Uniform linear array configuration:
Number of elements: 24
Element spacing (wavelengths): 1
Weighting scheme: cosine
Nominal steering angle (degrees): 15
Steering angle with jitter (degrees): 13.133
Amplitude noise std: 0.05
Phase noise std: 0.05

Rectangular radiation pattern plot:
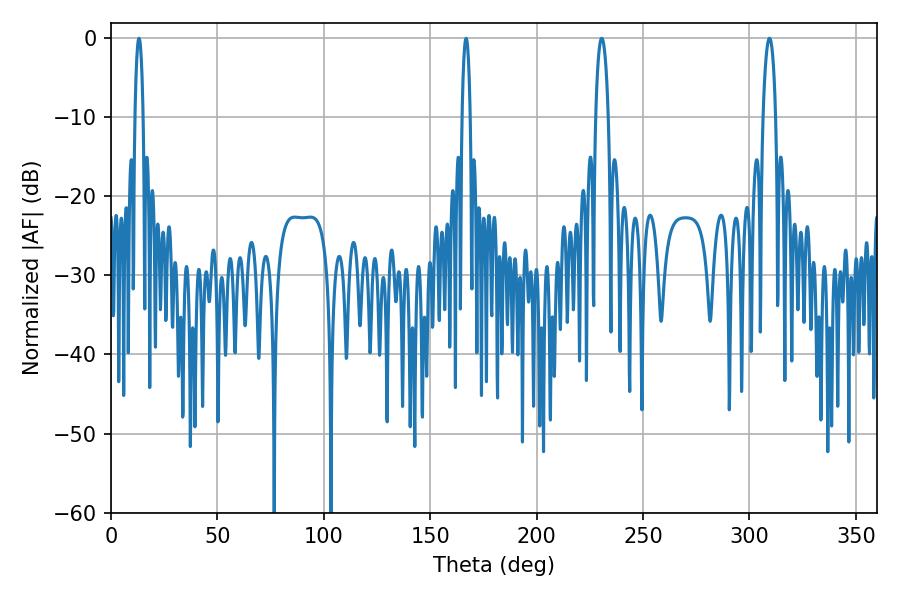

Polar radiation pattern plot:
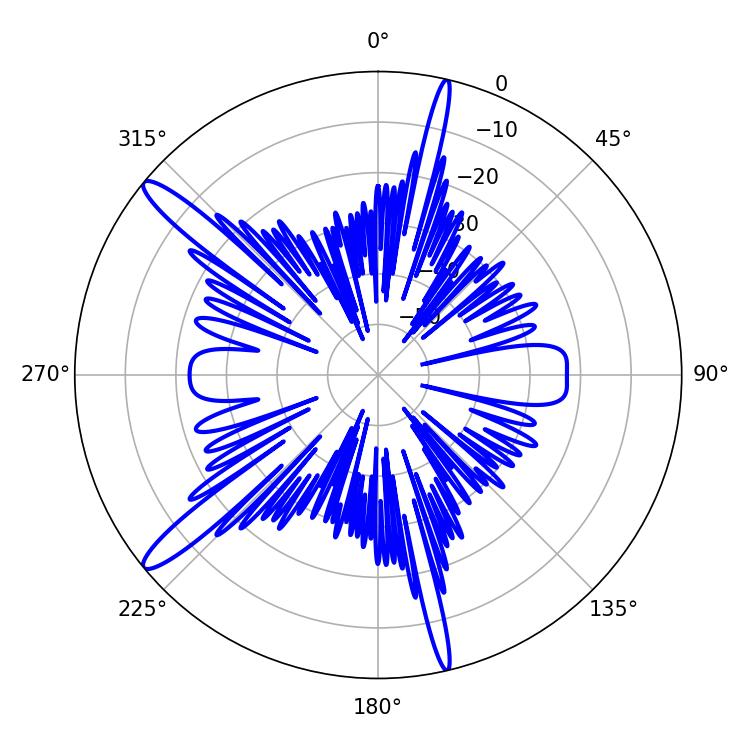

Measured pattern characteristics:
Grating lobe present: TRUE
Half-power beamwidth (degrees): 3.24
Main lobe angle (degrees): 230.58